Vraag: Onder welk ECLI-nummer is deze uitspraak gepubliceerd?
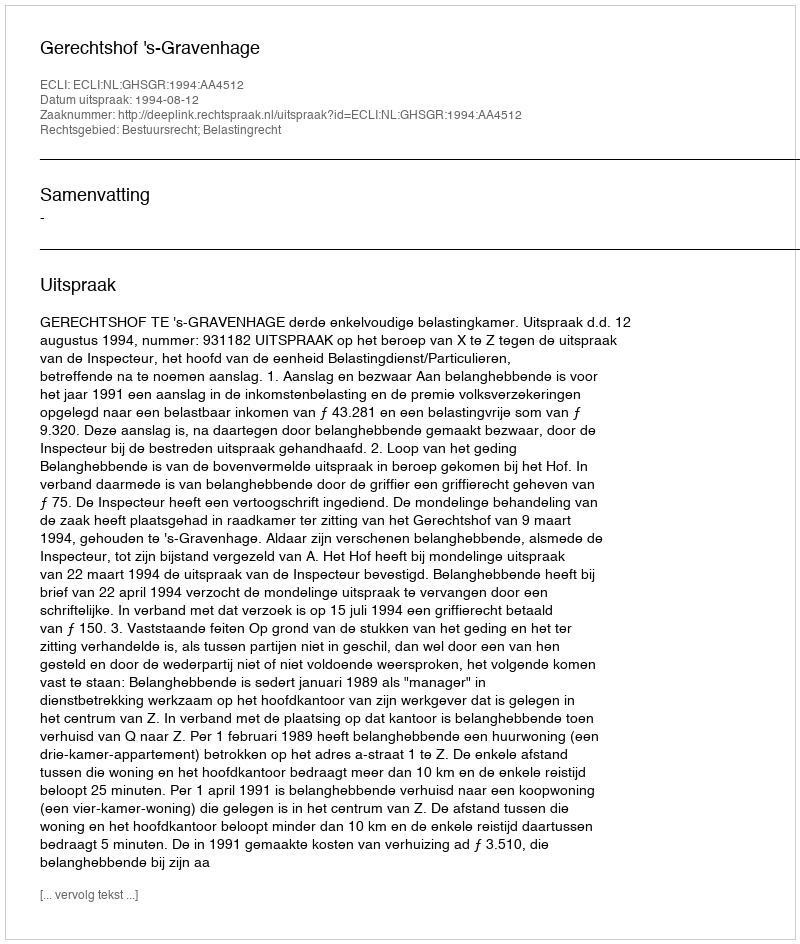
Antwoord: ECLI:NL:GHSGR:1994:AA4512